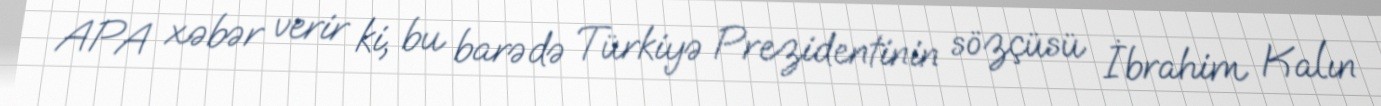
APA xəbər verir ki, bu barədə Türkiyə Prezidentinin sözçüsü İbrahim Kalın